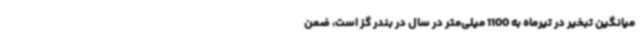
میانگین تبخیر در تیرماه به 1100 میلی‌متر در سال در بندر گز است، ضمن